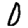
Digit: 0